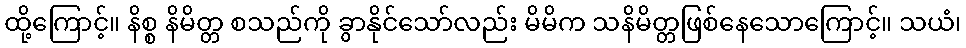
ထို့ကြောင့်။ နိစ္စ နိမိတ္တ စသည်ကို ခွာနိုင်သော်လည်း မိမိက သနိမိတ္တဖြစ်နေသောကြောင့်။ သယံ၊